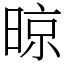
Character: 晾